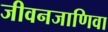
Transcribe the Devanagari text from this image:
जीवनजाणिवा